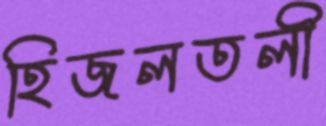
হিজলতলী